65_HS1-834228961_62-HQ-83894_Section_4
Agency: FBI
Page 214
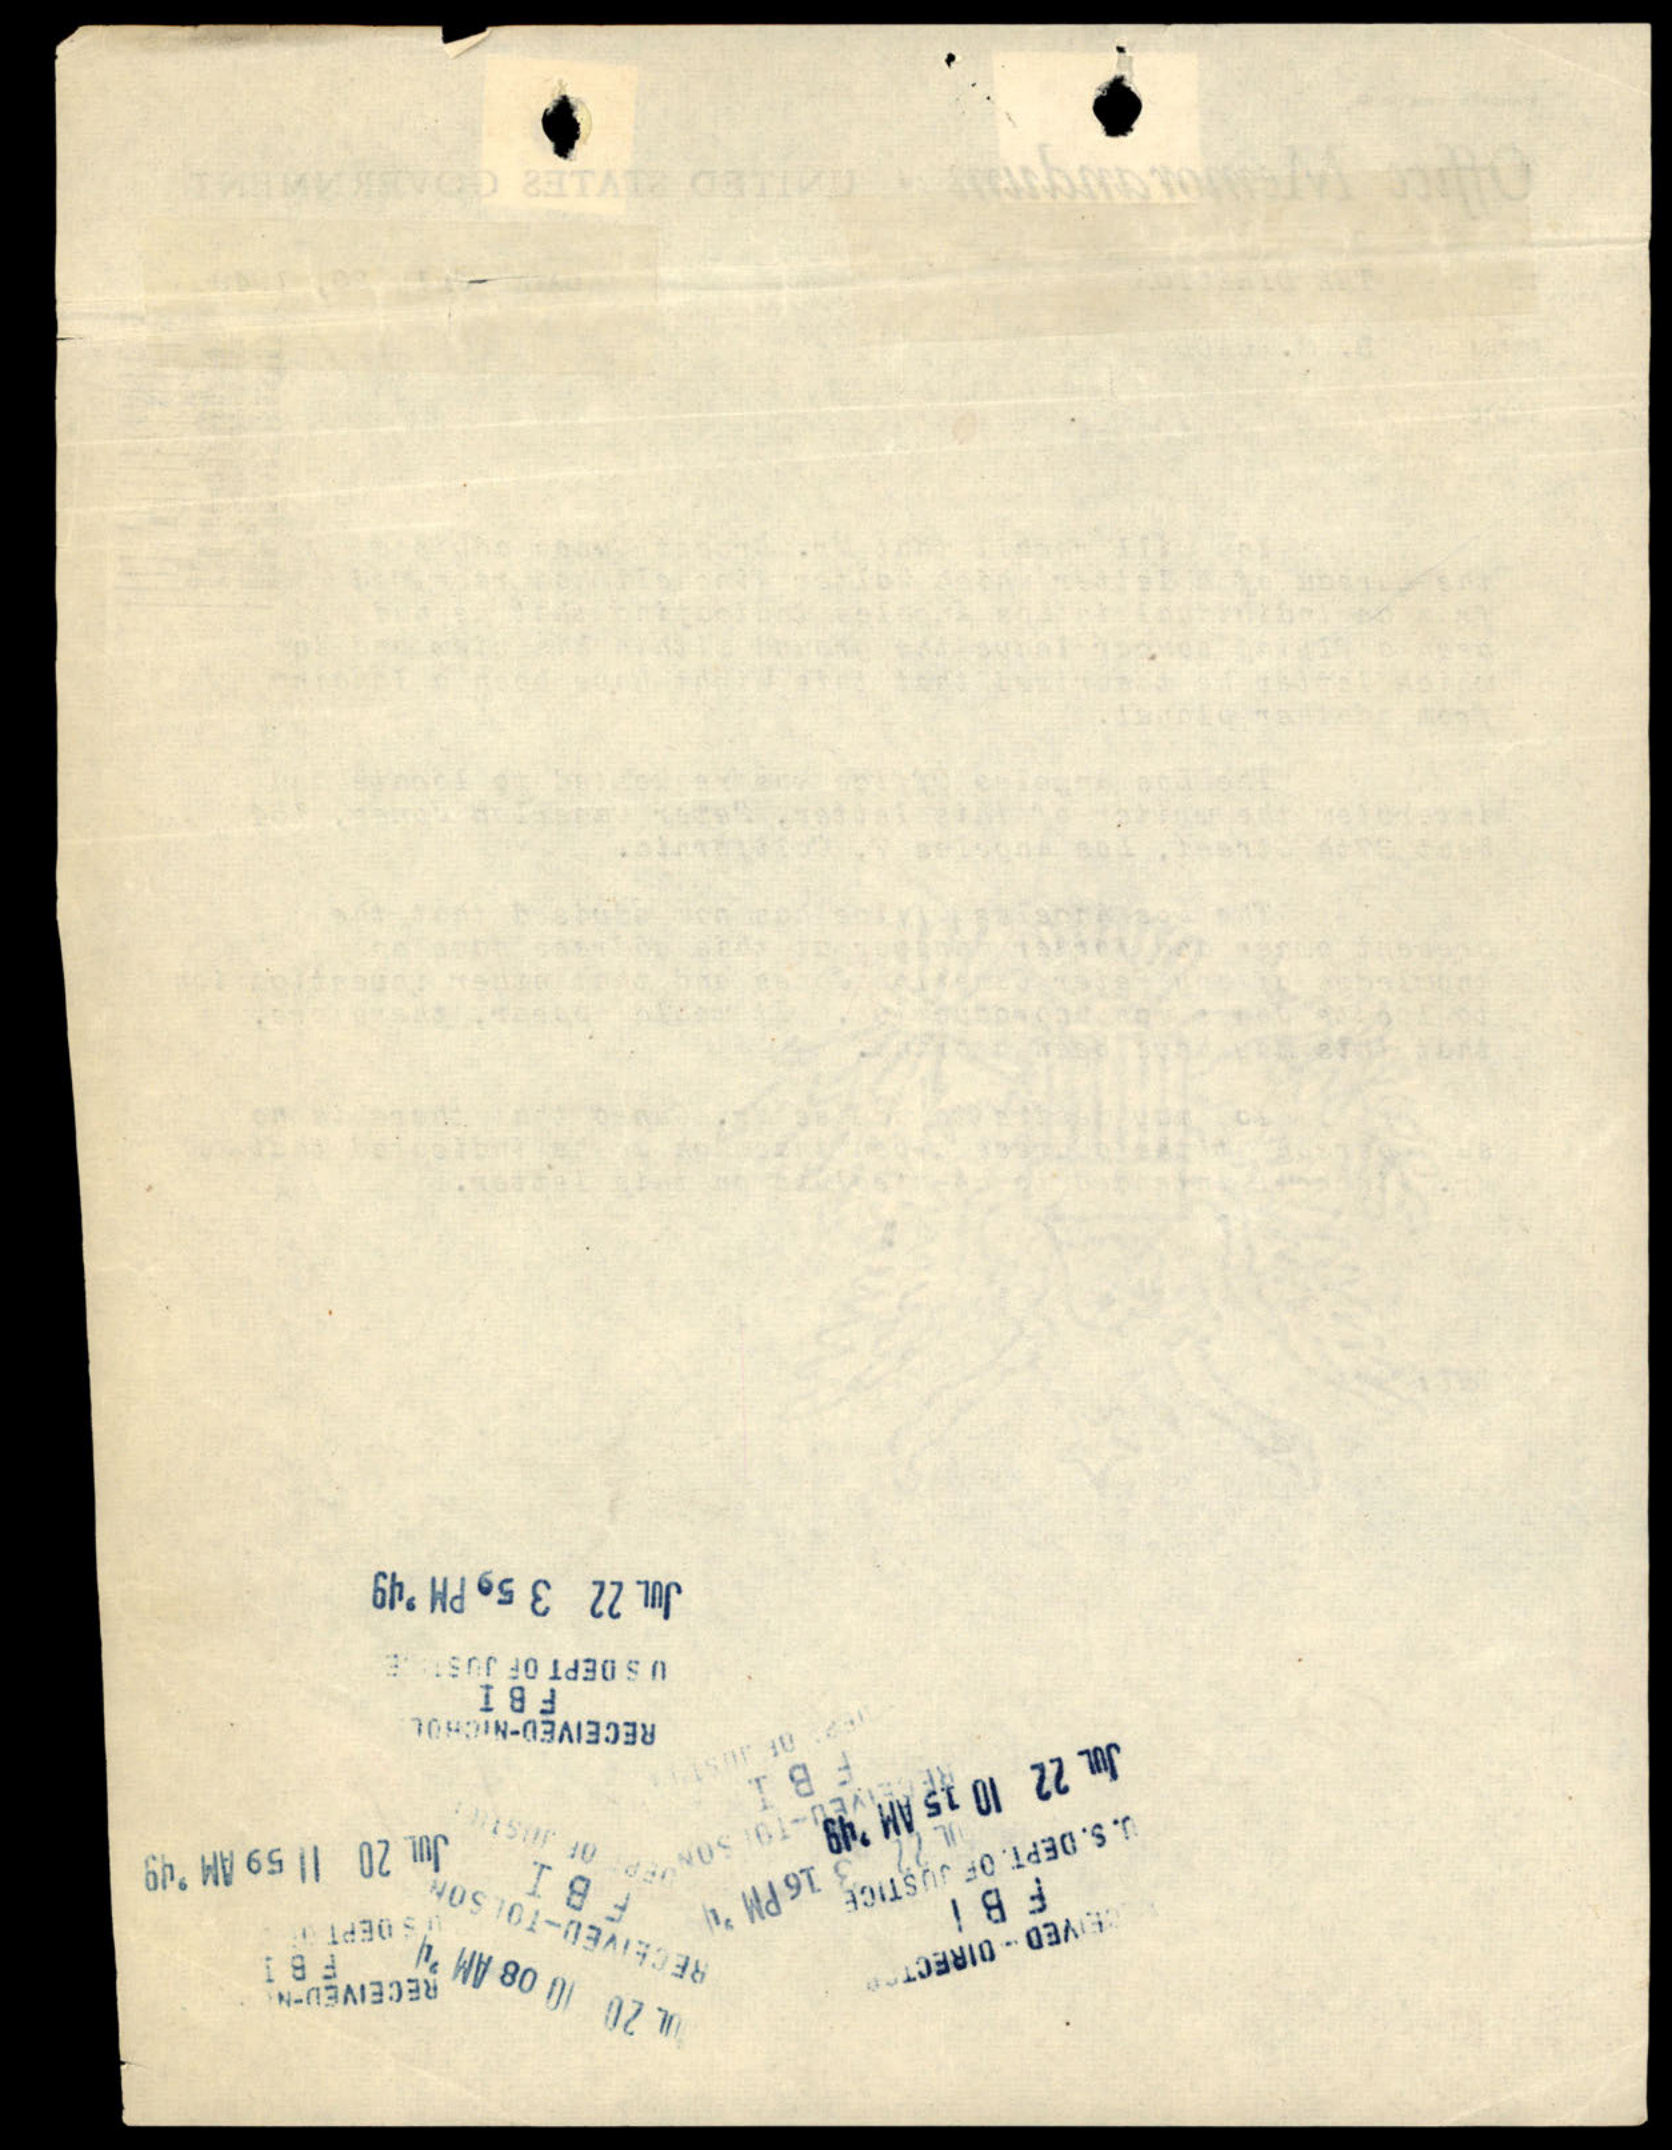